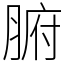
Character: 腑